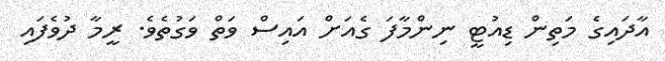
އާދައިގެ މަތިން ޑިއުޓީ ނިންމާފަ ގެއަށް އައިސް ވަތް ވަގުތެވެ. ރީމާ ދުވެފައި